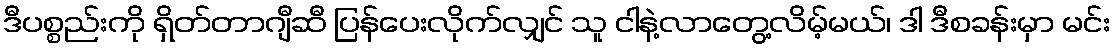
ဒီပစ္စည်းကို ရှိတ်တာဂျီဆီ ပြန်ပေးလိုက်လျှင် သူ ငါနဲ့လာတွေ့လိမ့်မယ်၊ ဒါ ဒီစခန်းမှာ မင်း